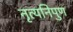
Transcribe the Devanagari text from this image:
नृत्यनिपुण